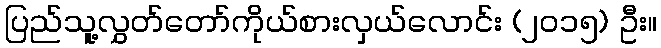
ပြည်သူ့လွှတ်တော်ကိုယ်စားလှယ်လောင်း (၂၀၁၅) ဦး။